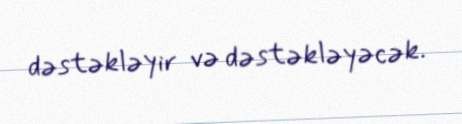
dəstəkləyir və dəstəkləyəcək.